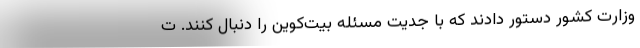
وزارت کشور دستور دادند که با جدیت مسئله بیت‌کوین را دنبال کنند. ت